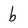
Character: b